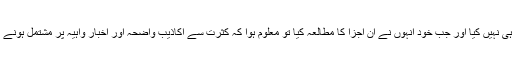
علماء نے اس عالم کی تالیفات میں مقتل کے نام سے کسی کتاب کا ذکر ہی نہیں کیا اور جب خود انہوں نے ان اجزا کا مطالعہ کیا تو معلوم ہوا کہ کثرت سے اکاذیب واضحہ اور اخبار واہیہ پر مشتمل ہونے کی وجہ احتمال نہیں دیا جا سکتا کہ یہ اس عالم کی تالیفات میں سے ہو ۔